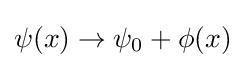
\psi (x)\rightarrow \psi _{0}+\phi (x)